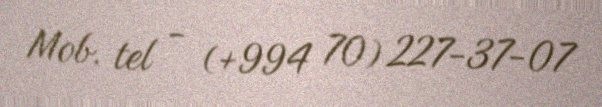
Mob. tel - (+994 70) 227-37-07